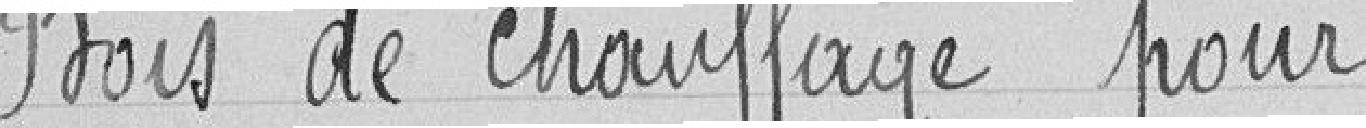
Bois de chauffage pour